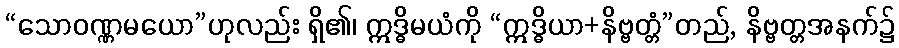
“သောဝဏ္ဏမယော”ဟုလည်း ရှိ၏၊ ဣဒ္ဓိမယံကို “ဣဒ္ဓိယာ+နိဗ္ဗတ္တံ”တည်, နိဗ္ဗတ္တအနက်၌